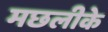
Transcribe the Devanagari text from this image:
मछलीके